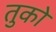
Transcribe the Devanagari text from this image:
तुको